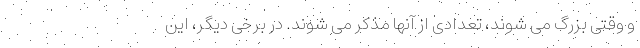
و وقتی بزرگ می شوند، تعدادی از آنها مذکر می شوند. در برخی دیگر، این